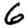
Digit: 6